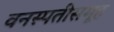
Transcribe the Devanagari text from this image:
वनस्पतीसमूह